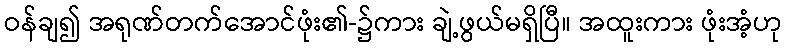
ဝန်ချ၍ အရုဏ်တက်အောင်ဖုံး၏-၌ကား ချဲ့ဖွယ်မရှိပြီ။ အထူးကား ဖုံးအံ့ဟု